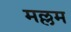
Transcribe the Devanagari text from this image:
मल्लम